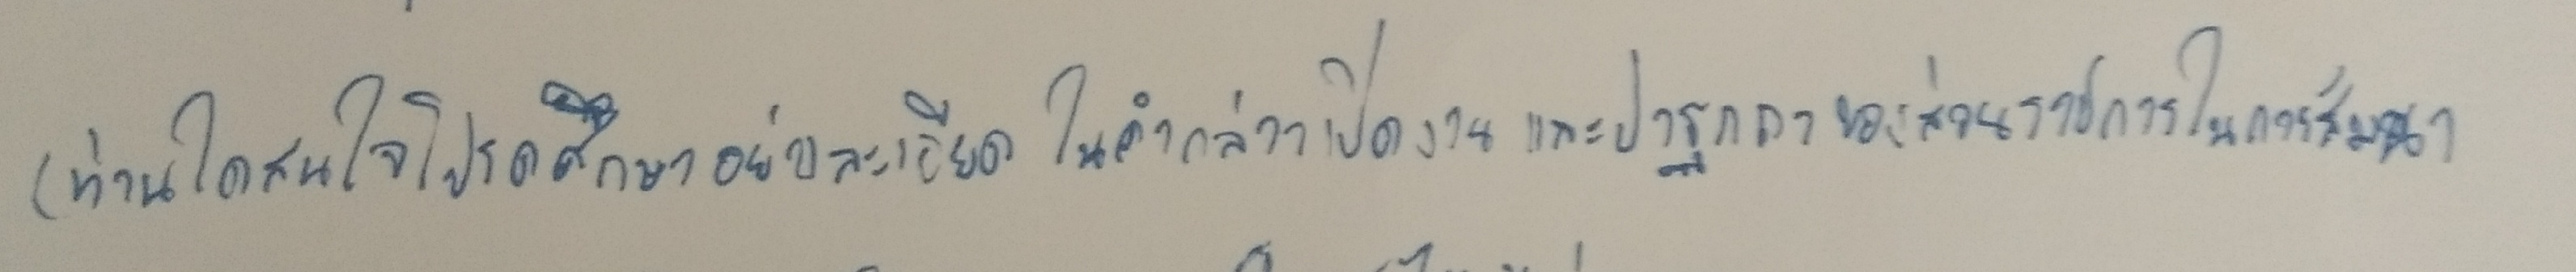
(ท่านที่สนใจโปรดศึกษาอย่างละเอียดในคำกล่าวเปิดงานและปาฐกถาของส่วนราชการในการสัมมนา